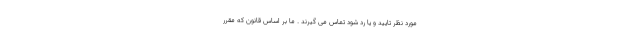
مورد نظر تایید و یا رد شود تماس می گیرند . ما بر اساس قانون که مقرر